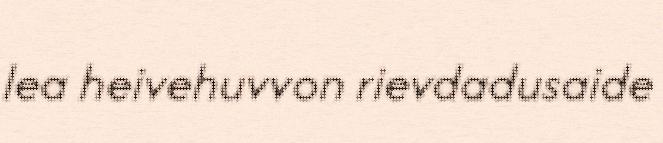
lea heivehuvvon rievdadusaide